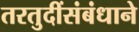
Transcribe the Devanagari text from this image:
तरतुदींसंबंधाने